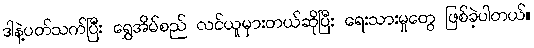
ဒါနဲ့ပတ်သက်ပြီး ရွှေအိမ်စည် လင်ယူမှားတယ်ဆိုပြီး ရေးသားမှုတွေ ဖြစ်ခဲ့ပါတယ်။